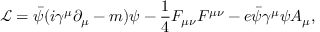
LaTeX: { \mathcal { L } } = { \bar { \psi } } ( i \gamma ^ { \mu } \partial _ { \mu } - m ) \psi - { \frac { 1 } { 4 } } F _ { \mu \nu } F ^ { \mu \nu } - e { \bar { \psi } } \gamma ^ { \mu } \psi A _ { \mu } ,